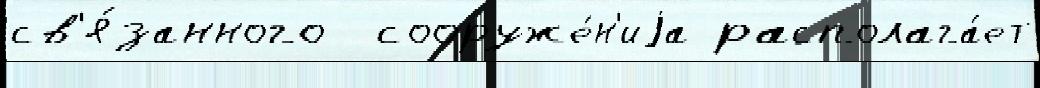
св'я́занного  сооруже́н'иjа располага́ет